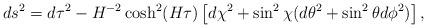
LaTeX: \begin{align*}ds^2 = d\tau^2 - H^{-2} \cosh^2(H\tau) \left[d\chi^2 + \sin^2 \chi (d\theta^2 + \sin^2 \theta d\phi^2)\right],\end{align*}